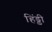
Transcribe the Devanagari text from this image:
हिंड्डी